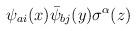
LaTeX: \begin{align*}\psi_{ai}(x)\bar\psi_{bj}(y)\sigma^{\alpha}(z)\end{align*}